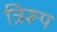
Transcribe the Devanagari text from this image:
त्रिरूप